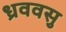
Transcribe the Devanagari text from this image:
ध्रववसु